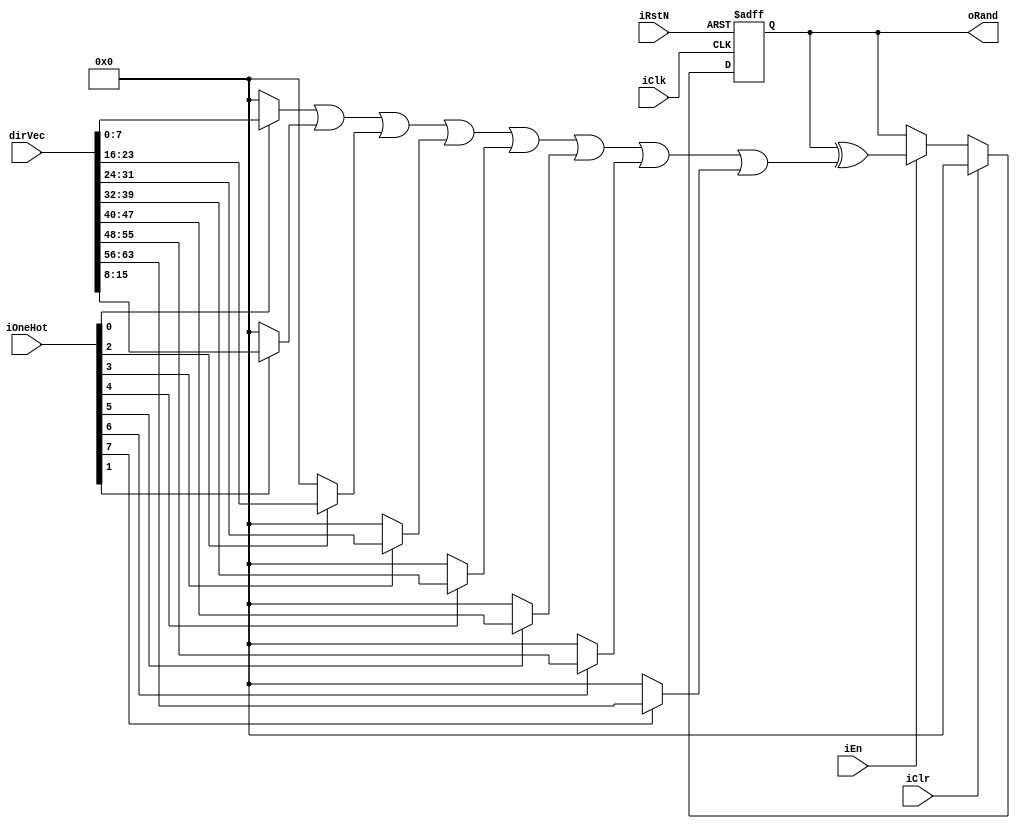
//outputs the random number
`ifndef sobolrng_core
`define sobolrng_core

module sobolrng_core #(
    parameter BITWIDTH = 8
) (
    input wire iClk, //clock
    input wire iRstN, //asynch reset active low
    input wire iEn,
    input wire iClr,
    input wire [BITWIDTH - 1: 0] iOneHot, //iOneHot
    input wire [BITWIDTH*BITWIDTH - 1: 0] dirVec,
    output reg [BITWIDTH - 1: 0] oRand //output random number
);

    wire [BITWIDTH * BITWIDTH - 1: 0] orVec;
    wire [BITWIDTH - 1: 0] vec;

    assign orVec[BITWIDTH - 1: 0] = iOneHot[0] ? dirVec[BITWIDTH - 1: 0] : 0;

    genvar i;
    generate 
        for(i = 1; i < BITWIDTH; i = i + 1) begin
            assign orVec[(i+1)*BITWIDTH-1:i*BITWIDTH] = orVec[i*BITWIDTH-1:(i-1)*BITWIDTH] | (iOneHot[i] ? dirVec[(i+1)*BITWIDTH-1 : i*BITWIDTH] : 0);
        end
    endgenerate

    assign vec = orVec[BITWIDTH*BITWIDTH - 1: (BITWIDTH-1)*BITWIDTH];

    always@(posedge iClk or negedge iRstN) begin
        if(~iRstN) begin
            oRand <= 0;
        end else begin
            if(iClr) begin
                oRand <= 0;
            end else begin
                if(iEn) begin
                    oRand <= oRand ^ vec;
                end else begin 
                    oRand <= oRand;
                end 
            end 
        end
    end
endmodule

`endif